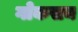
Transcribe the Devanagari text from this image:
गोकसन